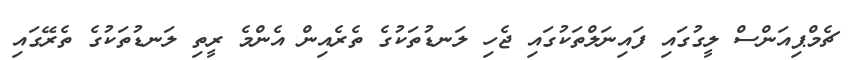
ޗެމްޕިއަންސް ލީގުގައި ފައިނަލްތަކުގައި ޖެހި ލަނޑުތަކުގެ ތެރެއިން އެންމެ ރީތި ލަނޑުތަކުގެ ތެރޭގައި